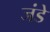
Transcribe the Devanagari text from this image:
जंडे